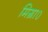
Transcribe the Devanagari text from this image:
मिग्रा०